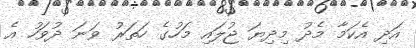
އަދި އެކަމާ މެދު މިދިޔަ ޖުލައި މަހުގެ ހަތަރު ވަނަ ދުވަހު އެ